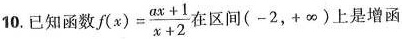
10.已知函数$$f(x)= \frac{ax+1}{x+2}$$ 在区间(-2，+\infty )上是增函